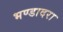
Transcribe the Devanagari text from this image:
भण्डादरा